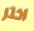
اختر